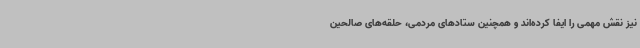
نیز نقش مهمی را ایفا کرده‌اند و همچنین ستادهای مردمی، حلقه‌های صالحین